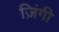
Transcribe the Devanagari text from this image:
ज़िंगी